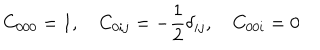
C _ { 0 0 0 } = 1 , \quad C _ { 0 i j } = - \frac { 1 } { 2 } \delta _ { i j } , \quad C _ { 0 0 i } = 0